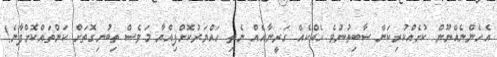
އެހެންނެއްނޫން ކުށެއްކުރިކަން ސާބިތުނުވެ ހެއްކެއް ގަރީނާއެއް ނެތި ހައްޔަރުކޮށްފިއްޔާ މަވެސް ތިބުނިގޮތަށް ކަންތައްކޮށްފާނެ!